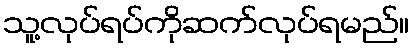
သူ့လုပ်ရပ်ကိုဆက်လုပ်ရမည်။